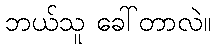
ဘယ်သူ ခေါ်တာလဲ။